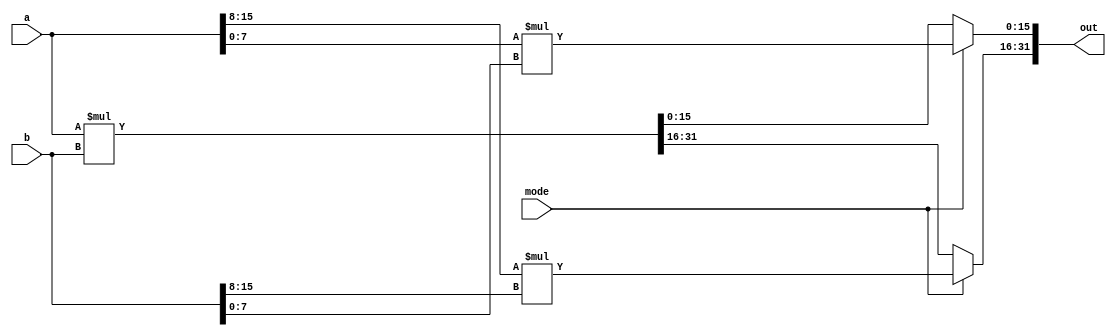
//-----------------------------------------------------
// Design Name : frac_mult_16x16
// Function    : A 16-bit multiplier which can operate in fracturable modes:
//               1. two 8-bit multipliers
//               2. one 16-bit multipliers
// Coder       : Xifan Tang
//-----------------------------------------------------

module frac_mult_16x16 (
	input [0:15] a,
	input [0:15] b,
	output [0:31] out,
    input [0:0] mode);

    reg [0:31] out_reg;

    always @(mode, a, b) begin 
       if (1'b1 == mode) begin
         out_reg[0:15] <= a[0:7] * b[0:7];
         out_reg[16:31] <= a[8:15] * b[8:15];
       end else begin
         out_reg <= a * b;
       end
    end

    assign out = out_reg;

endmodule